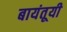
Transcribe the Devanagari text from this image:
बायंतूयी